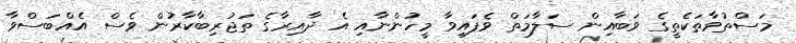
މަސްތުވާތަކެތީގެ ވަބާއިން ސަލާމަތް ވެފައިވާ މީހުންނާއި އެ ދާއިރާގެ ތަޖުރިބާކާރުން ވެސް އެއްބަސްވާ